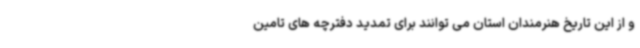
و از این تاریخ هنرمندان استان می توانند برای تمدید دفترچه های تامین